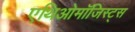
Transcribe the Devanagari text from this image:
एथिओमॉजिस्ट्स